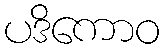
ပဒိကောဝ